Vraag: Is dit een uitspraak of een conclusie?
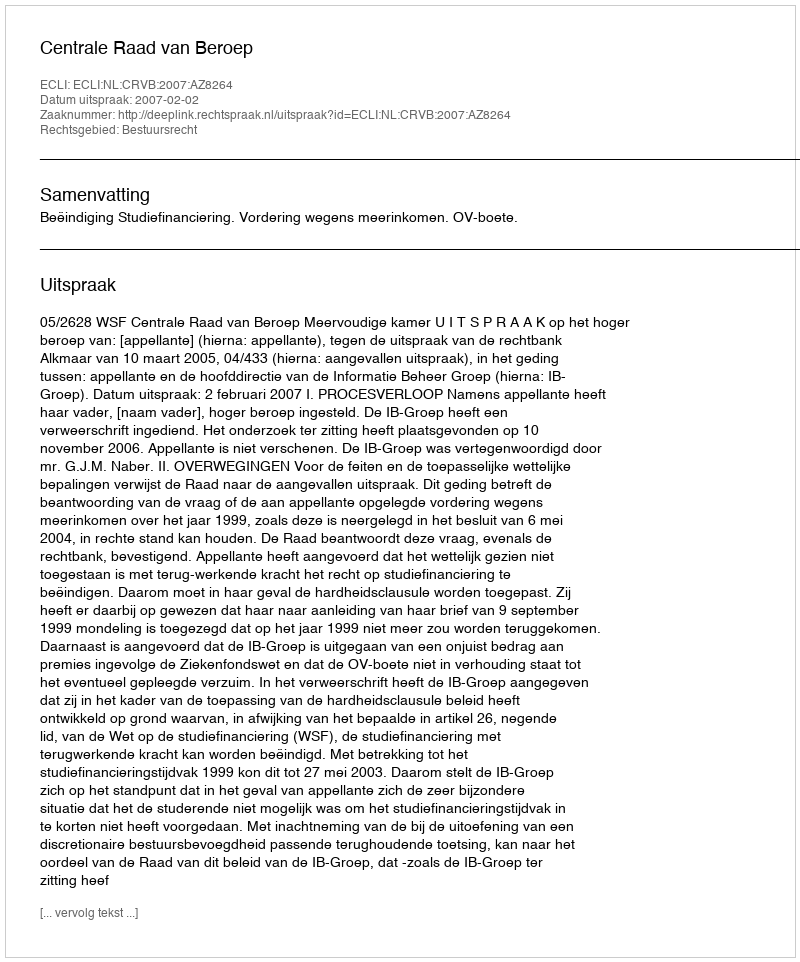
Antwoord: Uitspraak